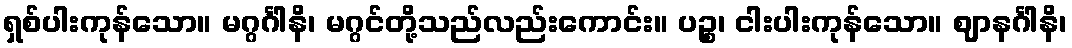
ရှစ်ပါးကုန်သော။ မဂ္ဂင်္ဂါနိ၊ မဂ္ဂင်တို့သည်လည်းကောင်း။ ပဉ္စ၊ ငါးပါးကုန်သော။ ဈာနင်္ဂါနိ၊